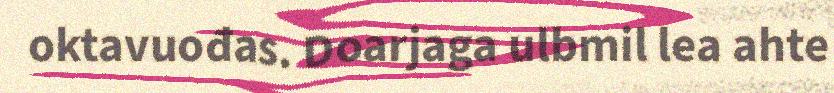
oktavuođas. Doarjaga ulbmil lea ahte